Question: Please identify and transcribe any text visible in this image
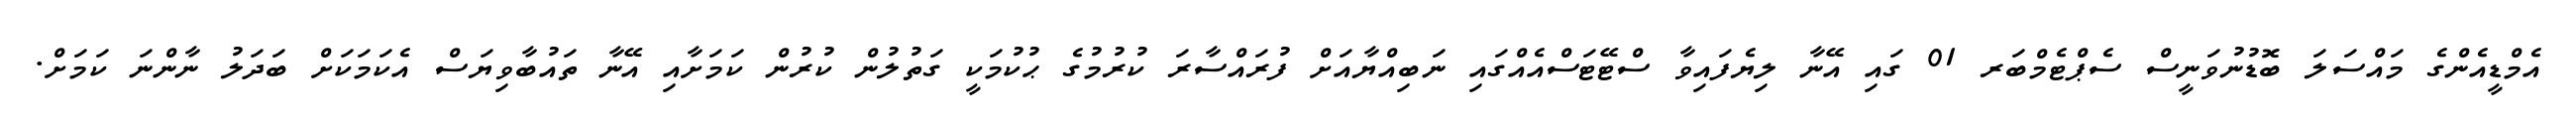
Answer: އެމްޑީއެންގެ މައްސަލަ ބޮޑުނުވަނީސް ސެޕްޓެމްބަރ 01 ގައި އޭނާ ލިޔެފައިވާ ސްޓޭޓަސްއެއްގައި ނަބިއްޔާއަށް ފުރައްސާރަ ކުރުމުގެ ޙުކުމަކީ ގަތުލުން ކުރުން ކަމަށާއި އޭނާ ތައުބާވިޔަސް އެކަމަކަށް ބަދަލު ނާންނަ ކަމަށް.